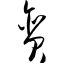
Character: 贪